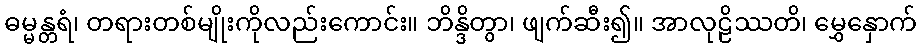
ဓမ္မန္တရံ၊ တရားတစ်မျိုးကိုလည်းကောင်း။ ဘိန္ဒိတွာ၊ ဖျက်ဆီး၍။ အာလုဠိဿတိ၊ မွှေနှောက်